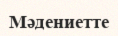
Мәдениетте